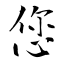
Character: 您